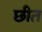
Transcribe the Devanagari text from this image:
छीत